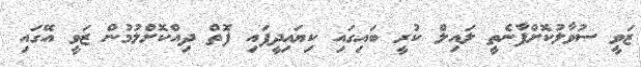
ޒަވީ ސުވާލުކޮށްފާނެތީ ލައިލް ކުރީ ބައިގައި ކިޔައިދީފައި ފޮތް ދިއްކޮށްލުމުން ޒަވީ އޭގައި